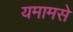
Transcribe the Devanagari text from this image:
यमामसे